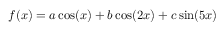
\begin{array} { r } { f ( x ) = a \cos ( x ) + b \cos ( 2 x ) + c \sin ( 5 x ) } \end{array}